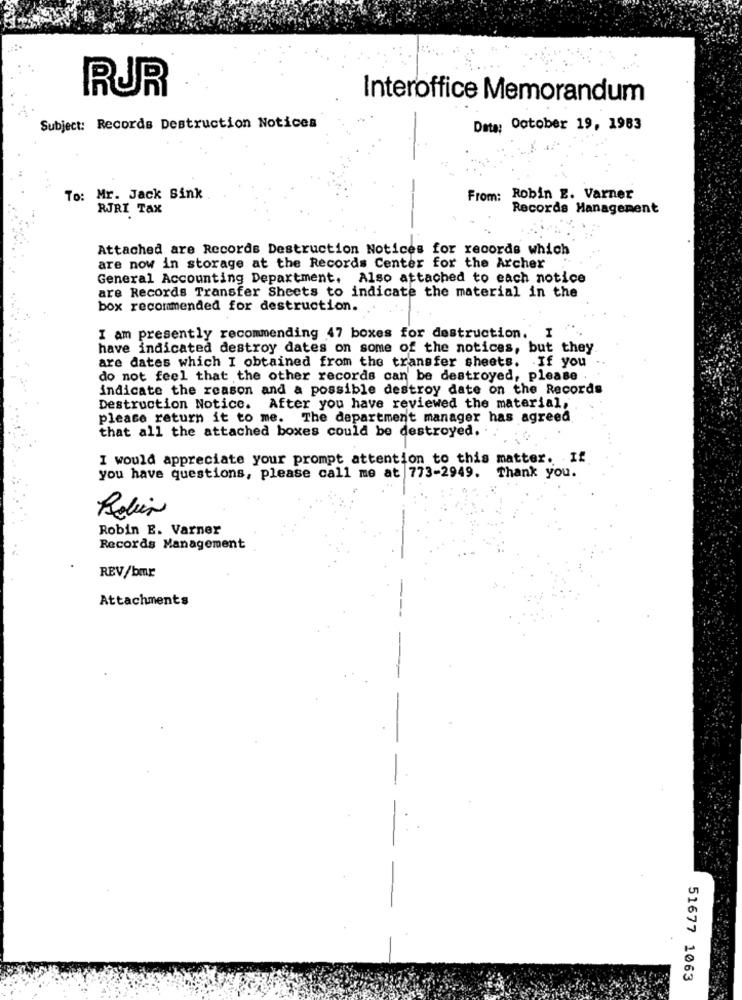
RUR
Interoffice Memorandum
-
Subject: Records Destruction Notices
Data: October 19, 1983
To: Mr. Jack Sink
From: Robin E. Varner
RJRI Tax
Records Management
Attached are Records Destruction Notices for records which
are now in storage at the Records Center for the Archer
General Accounting Department. Also attached to each notice
are Records Transfer Sheets to indicate the material in the
box recommended for destruction.
I am presently recommending 47 boxes for destruction.
have indicated destroy dates on some of the notices, but they
are dates which I obtained from the transfer sheets. If you
do not feel that the other records can be destroyed, please
indicate the reason and a possible destroy date on the Records
Destruction Notice. After you have reviewed the material,
please return it to me. The department manager has agreed
that all the attached boxes could be destroyed.
I would appreciate your prompt attention to this matter. If
you have questions, please call me at 773-2949. Thank you.
Robin
Robin E. Varner
Records Management
REV/bmr
Attachments
51677 1063